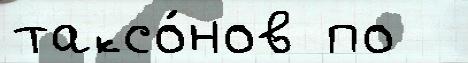
таксо́нов по